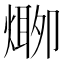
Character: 𱫾